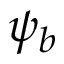
\psi _ { b }